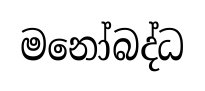
මනෝබද්ධ